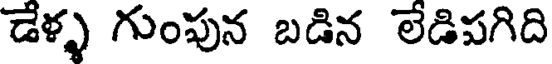
డేళ్ళ గుంపున బడిన లేడిపగిది